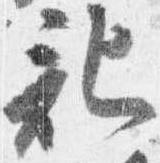
記